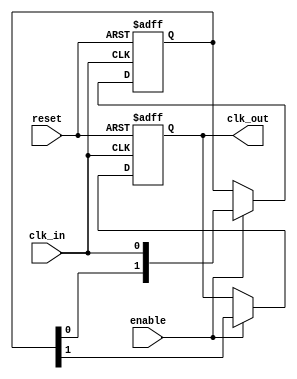
module DelayClockBuffer #(
    parameter DELAY_CYCLES = 2 // Number of clock cycles to delay
)(
    input wire clk_in,           // Input clock signal
    input wire enable,           // Enable signal for the buffer
    input wire reset,            // Asynchronous reset signal
    output reg clk_out           // Delayed output clock signal
);

    // Internal register to hold the delayed clock signal
    reg [DELAY_CYCLES-1:0] delay_reg;

    // Asynchronous reset and clock delay logic
    always @(posedge clk_in or posedge reset) begin
        if (reset) begin
            // Reset the output clock and delay registers
            clk_out <= 1'b0;
            delay_reg <= {DELAY_CYCLES{1'b0}};
        end else if (enable) begin
            // Shift the delay register on each clock cycle
            delay_reg <= {delay_reg[DELAY_CYCLES-2:0], clk_in};
            clk_out <= delay_reg[DELAY_CYCLES-1]; // Output the last element of the delay register
        end
    end

endmodule